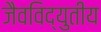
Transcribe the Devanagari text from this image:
जैवविद्युतीय